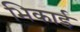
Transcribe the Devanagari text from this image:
भिकाई